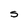
Character: S